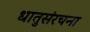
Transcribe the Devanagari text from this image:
धातुसंरचना